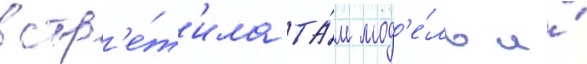
встр'е́т'ила та́м мод'е́ль и́